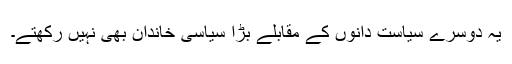
یہ دوسرے سیاست دانوں کے مقابلے بڑا سیاسی خاندان بھی نہیں رکھتے۔